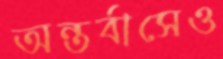
অন্তর্বাসেও